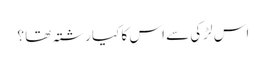
اس لڑکی سے اس کا کیا رشتہ تھا ؟